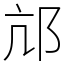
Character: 邟